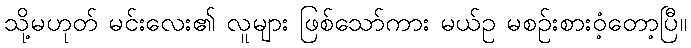
သို့မဟုတ် မင်းလေး၏ လူများ ဖြစ်သော်ကား မယ်ဥ မစဉ်းစားဝံ့တော့ပြီ။